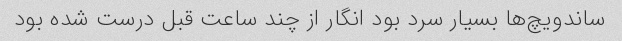
ساندویچ‌ها بسیار سرد بود انگار از چند ساعت قبل درست شده بود